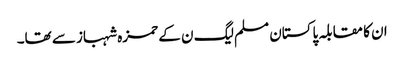
ان کا مقابلہ پاکستان مسلم لیگ ن کے حمزہ شہباز سے تھا۔